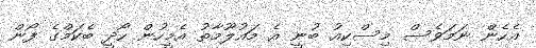
އެހެން ނަމަވެސް މިސްކިއު ބުނީ އެ މައުލޫމާތު އެމީހުން ހޯދީ ބެކަމްގެ ފޯން